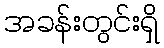
အခန်းတွင်းရှိ